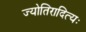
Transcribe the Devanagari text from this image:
ज्योतिरादित्यः